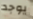
يوجد